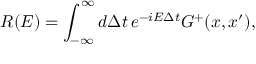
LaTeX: R ( E ) = \int _ { - \infty } ^ { \infty } d \Delta t \, e ^ { - i E \Delta t } G ^ { + } ( x , x ^ { \prime } ) ,